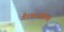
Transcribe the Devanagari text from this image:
गैरवाजवीपणे